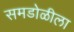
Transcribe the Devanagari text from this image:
समडोळीला